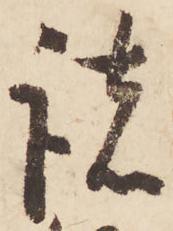
諸